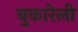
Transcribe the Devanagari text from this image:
बुकारेली